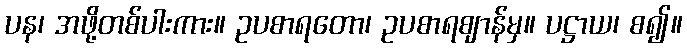
ပန၊ အဖို့တစ်ပါးကား။ ဥပစာရတော၊ ဥပစာရဈာန်မှ။ ပဋ္ဌာယ၊ စ၍။